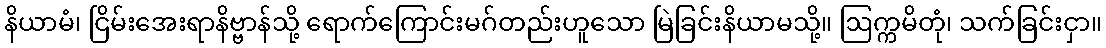
နိယာမံ၊ ငြိမ်းအေးရာနိဗ္ဗာန်သို့ ရောက်ကြောင်းမဂ်တည်းဟူသော မြဲခြင်းနိယာမသို့။ ဩက္ကမိတုံ၊ သက်ခြင်းငှာ။